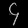
Digit: ၄